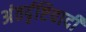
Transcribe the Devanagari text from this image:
अंतर्दृष्टिवादी